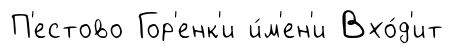
П'естово Гор'енк'и и́м'ен'и Вхо́д'ит